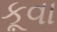
કૂવા